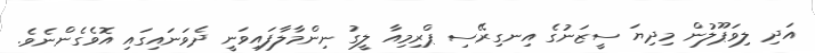
އަދި ލިވަޕޫލުން މިދިޔަ ސީޒަނުގެ އިނގިރޭސި ޕްރިމިއާ ލީގު ނިންމާލާފައިވަނީ ދެވަނައިގައި އޮވެގެންނެވެ.